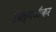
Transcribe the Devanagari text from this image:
पिल्गऔंकर